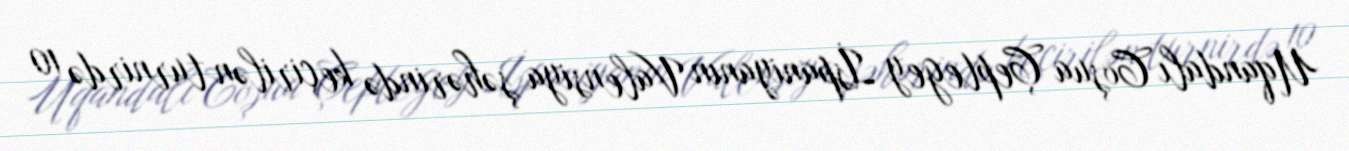
Uqandalı Coşua Çeptegey İspaniyanın Valensiya şəhərində keçirilən turnirdə 10